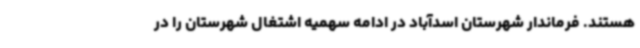
هستند. فرماندار شهرستان اسدآباد در ادامه سهمیه اشتغال شهرستان را در